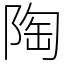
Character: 陶